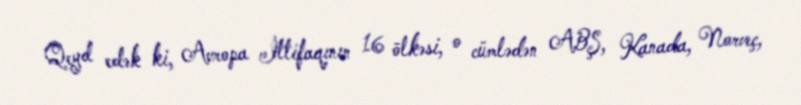
Qeyd edək ki, Avropa İttifaqının 16 ölkəsi, o cümlədən ABŞ, Kanada, Norveç,